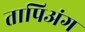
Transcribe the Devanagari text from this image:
तापिअंग